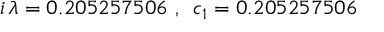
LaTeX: i \, \lambda = 0 . 2 0 5 2 5 7 5 0 6 \, \, , \, \, \, c _ { 1 } = 0 . 2 0 5 2 5 7 5 0 6